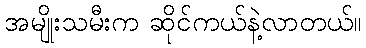
အမျိုးသမီးက ဆိုင်ကယ်နဲ့လာတယ်။